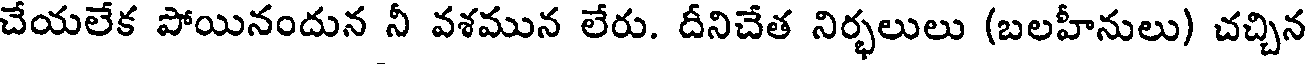
చేయలేక పోయినందున నీ వశమున లేరు. దీనిచేత నిర్భలులు (బలహీనులు) చచ్చిన